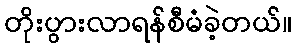
တိုးပွားလာရန်စီမံခဲ့တယ်။